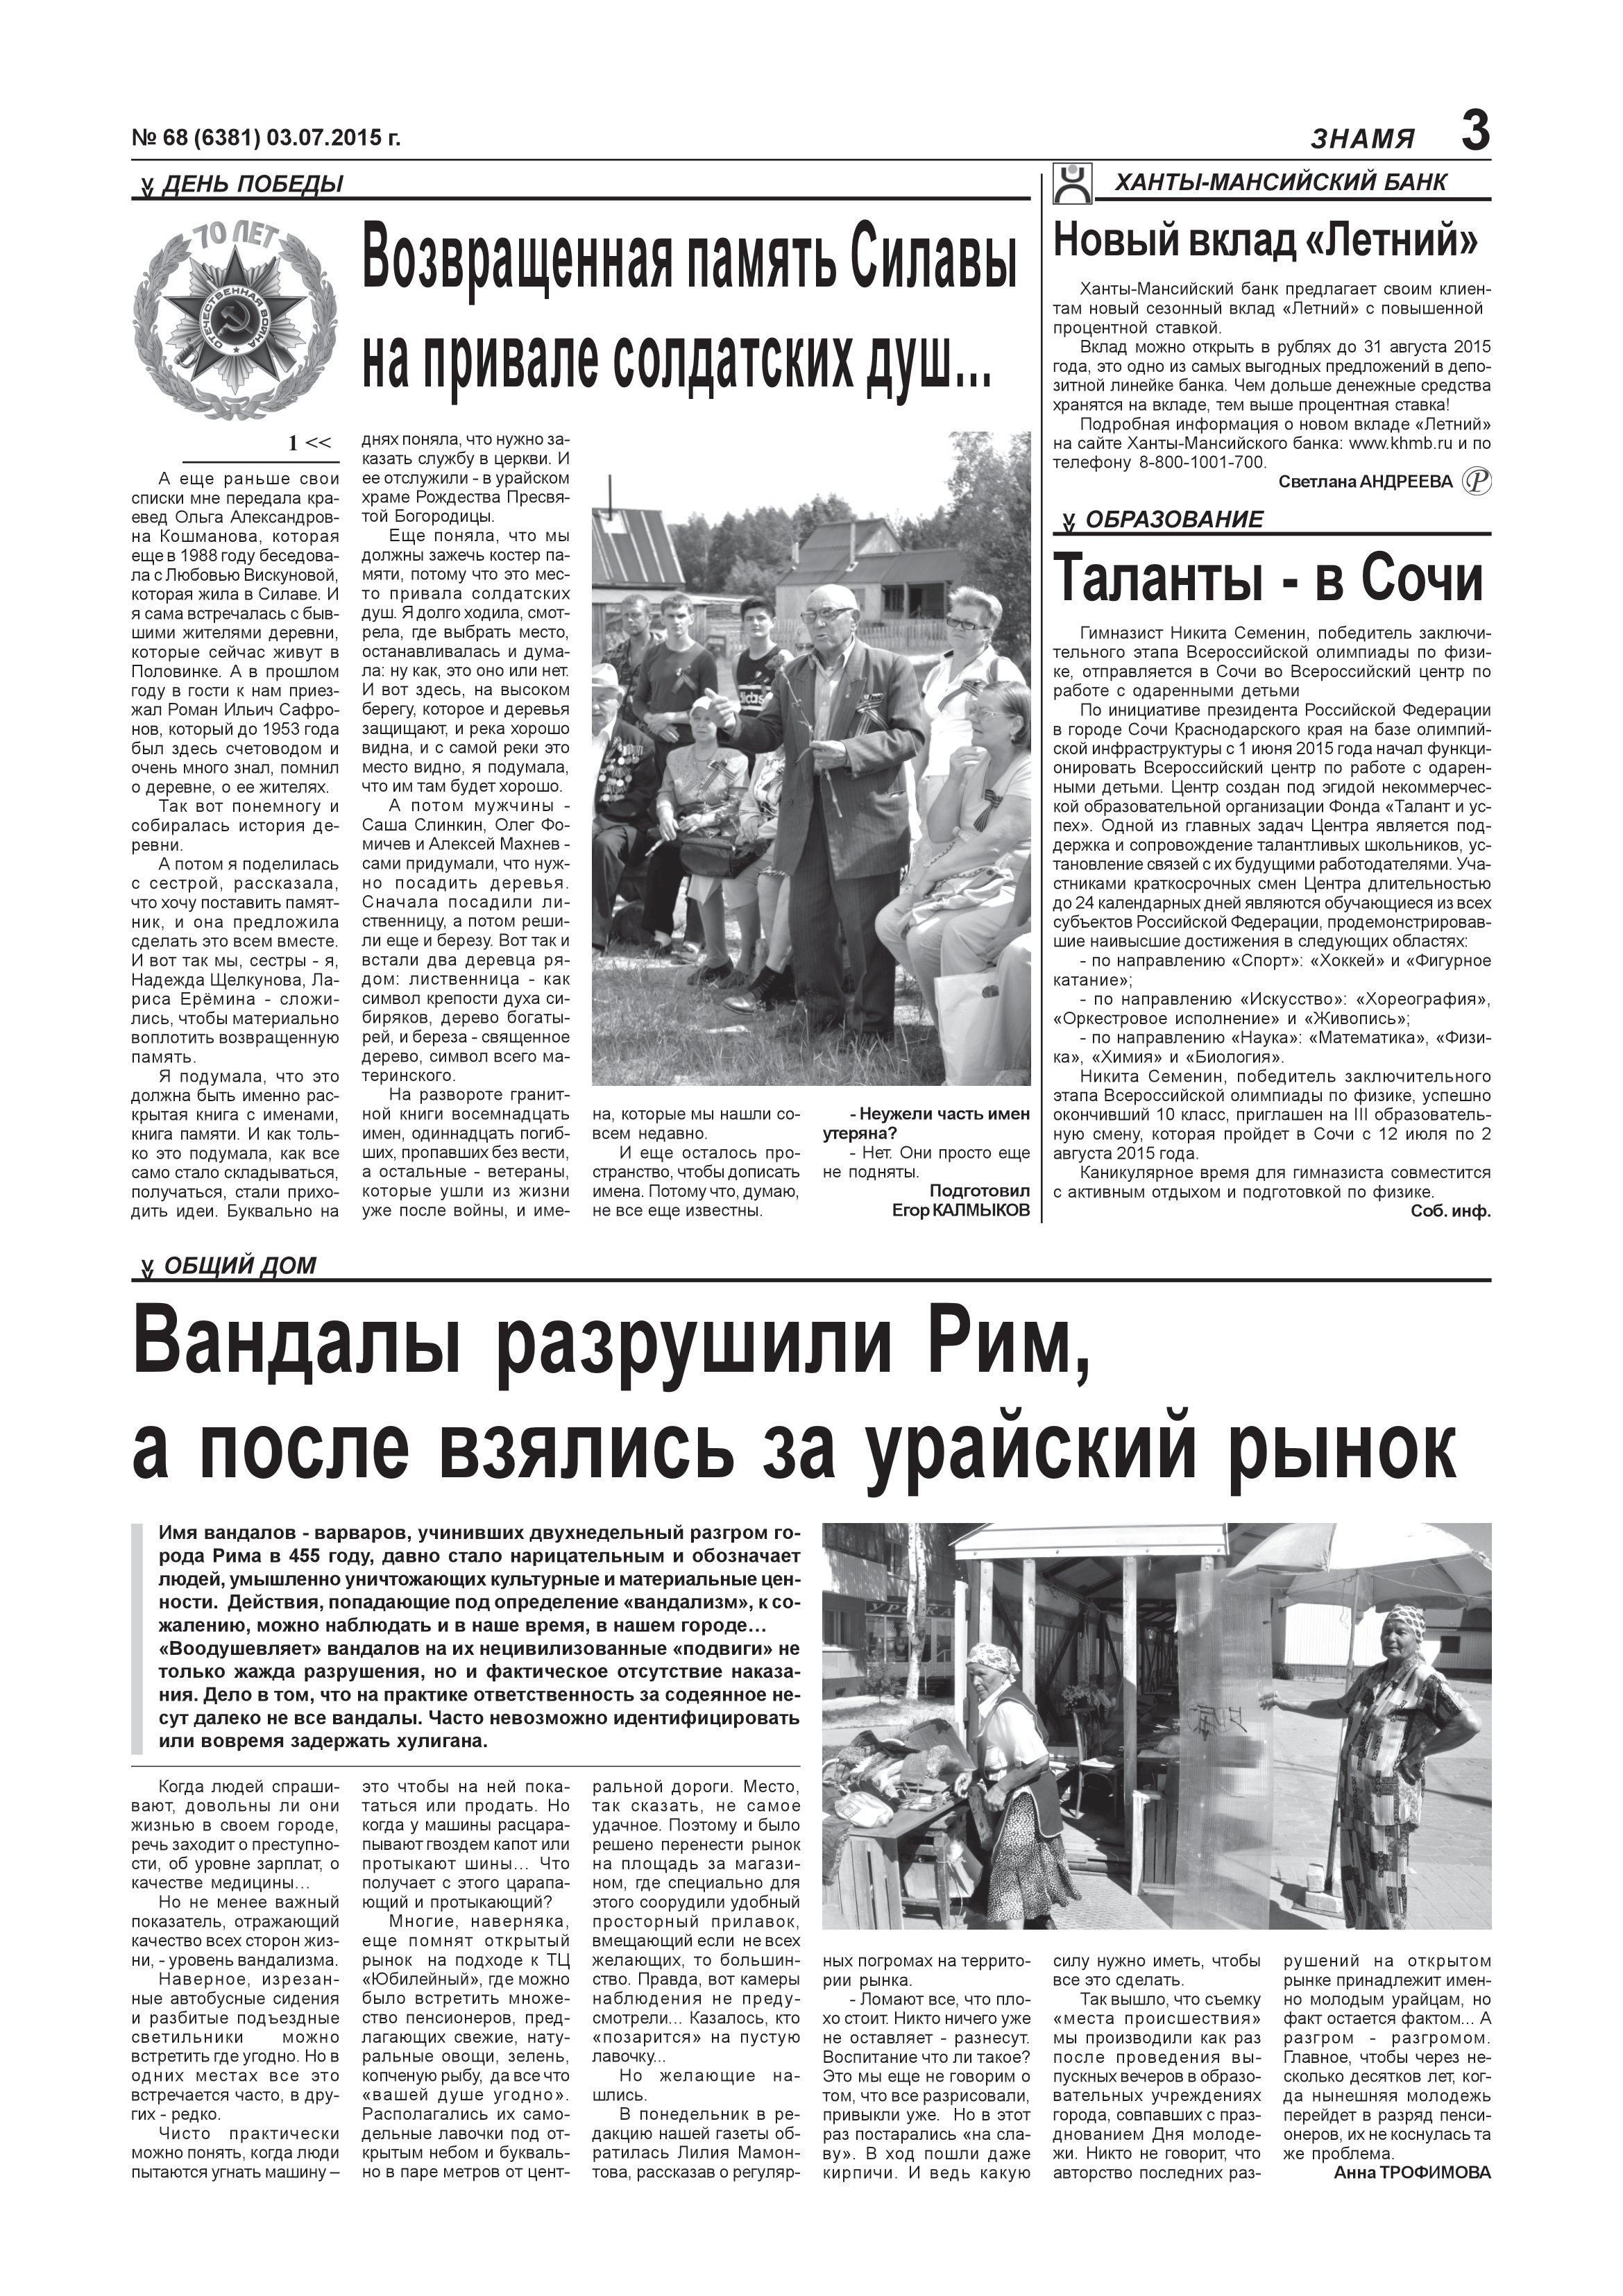
Language: ru